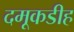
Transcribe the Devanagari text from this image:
दमूकडीह